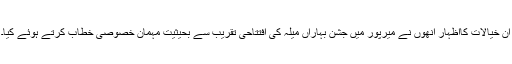
ان خیالات کااظہار انھوں نے میرپور میں جشن بہاراں میلہ کی افتتاحی تقریب سے بحیثیت مہمان خصوصی خطاب کرتے ہوئے کیا۔